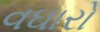
વઘારો